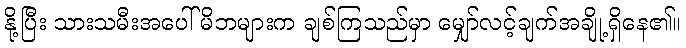
နို့ပြီး သားသမီးအပေါ် မိဘများက ချစ်ကြသည်မှာ မျှော်လင့်ချက်အချို့ရှိနေ၏။